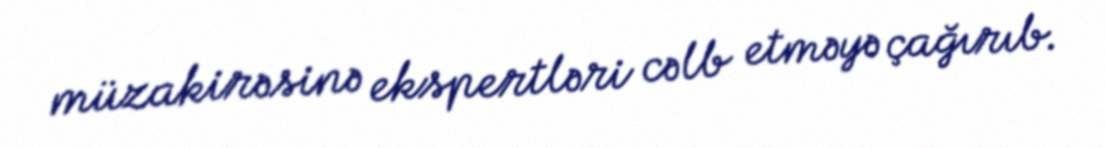
müzakirəsinə ekspertləri cəlb etməyə çağırıb.